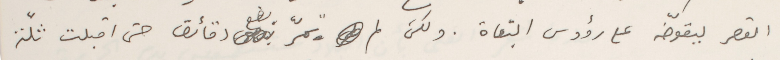
القصر يقوّضه على رؤوس البغاة. ولكن لم تمرّ بضع دقائق حتى اقبلت ثلّة